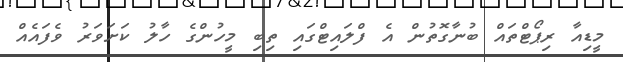
މީޑިއާ ރިޕޯޓްތައް ބުނާގޮތުން އެ ފްލައިޓްގައި ތިބި މީހުންގެ ހާލު ކަށަވަރު ވެފައެއް